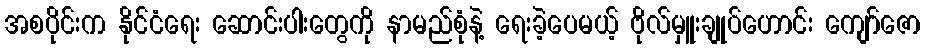
အစပိုင်းက နိုင်ငံရေး ဆောင်းပါးတွေကို နာမည်စုံနဲ့ ရေးခဲ့ပေမယ့် ဗိုလ်မှူးချုပ်ဟောင်း ကျော်ဇော